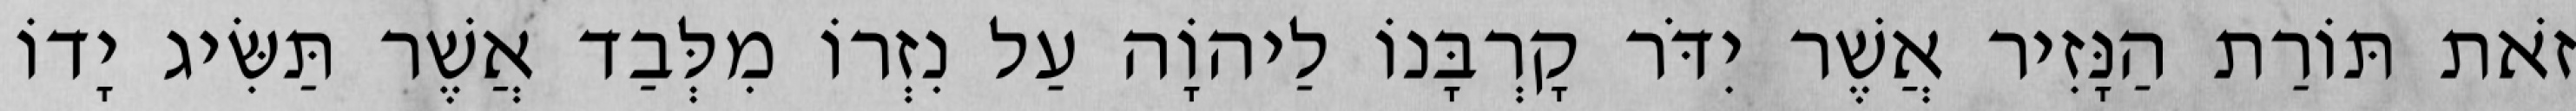
זֹאת תּוֹרַת הַנָּזִיר אֲשֶׁר יִדֹּר קָרְבָּנוֹ לַיהוָֹה עַל נִזְרוֹ מִלְּבַד אֲשֶׁר תַּשִּׂיג יָדוֹ